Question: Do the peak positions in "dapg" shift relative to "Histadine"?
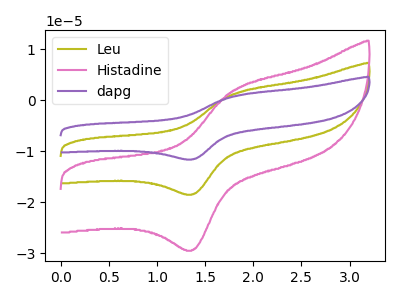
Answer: <think>The olive curve "Leu" has an anodic peak at (1.80V, 1.25uA) and a cathodic peak at (1.40V, -18.45uA). The pink curve "Histadine" has an anodic peak at (1.80V, 1.95uA) and a cathodic peak at (1.40V, -29.40uA). The purple curve "dapg" has an anodic peak at (1.80V, 2.45uA) and a cathodic peak at (1.40V, -36.90uA).
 All the peaks in "dapg" have a peak in "Histadine" at the same potential. Every peak in "dapg" is higher than every peak in "Histadine".</think>
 <answer>No, "dapg" and "Histadine" don't appear to be significantly different in shape</answer>
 <eval>no_change</eval>